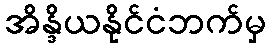
အိန္ဒိယနိုင်ငံဘက်မှ